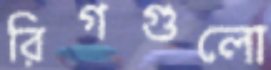
রিগগুলো